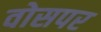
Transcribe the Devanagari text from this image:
वोसपर